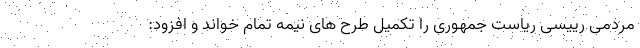
مردمی رییسی ریاست جمهوری را تکمیل طرح های نیمه تمام خواند و افزود: